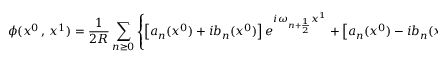
\phi ( x ^ { 0 } \, , \, x ^ { 1 } ) = \frac { 1 } { 2 R } \sum _ { n \geq 0 } \left\{ \left[ a _ { n } ( x ^ { 0 } ) + i b _ { n } ( x ^ { 0 } ) \right] e ^ { i \omega _ { n + \frac { 1 } { 2 } } x ^ { 1 } } + \left[ a _ { n } ( x ^ { 0 } ) - i b _ { n } ( x ^ { 0 } ) \right] e ^ { - i \omega _ { n + \frac { 1 } { 2 } } x ^ { 1 } } \right\} ,